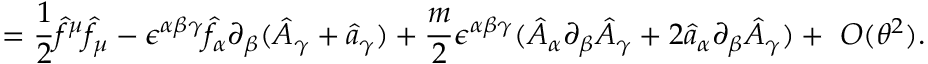
= \frac { 1 } { 2 } \hat { f } ^ { \mu } \hat { f } _ { \mu } - \epsilon ^ { \alpha \beta \gamma } \hat { f } _ { \alpha } \partial _ { \beta } ( \hat { A } _ { \gamma } + \hat { a } _ { \gamma } ) + \frac { m } { 2 } \epsilon ^ { \alpha \beta \gamma } ( \hat { A } _ { \alpha } \partial _ { \beta } \hat { A } _ { \gamma } + 2 \hat { a } _ { \alpha } \partial _ { \beta } \hat { A } _ { \gamma } ) + ~ O ( \theta ^ { 2 } ) .